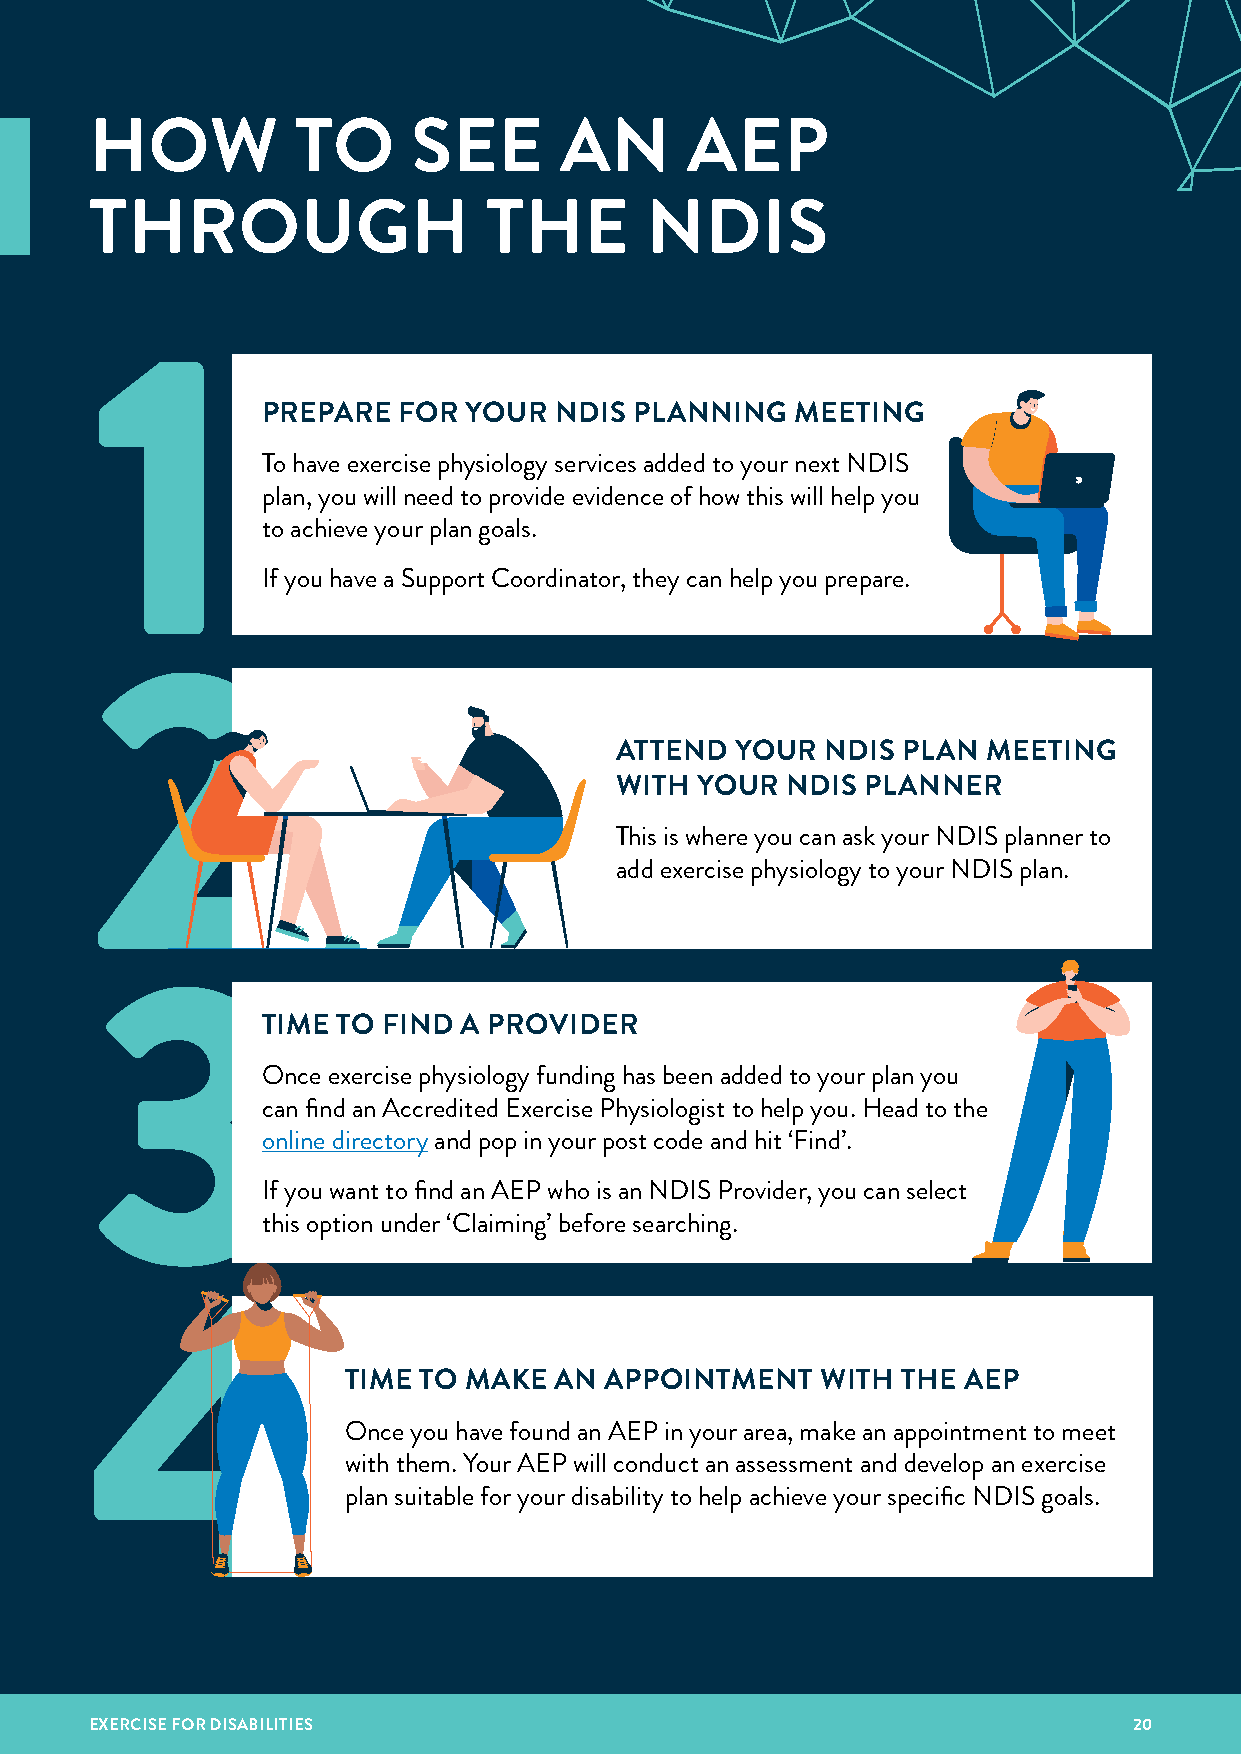
HOW           TO     SEE       AN      AEP
 THROUGH                   THE        NDIS
 1
 PREPARE  FOR  YOUR  NDIS PLANNING   MEETING
 To have exercise physiology services added to your next NDIS
 plan, you will need to provide evidence of how this will help you
 to achieve your plan goals.
 If you have a Support Coordinator, they can help you prepare.
 2
 ATTEND  YOUR  NDIS PLAN MEETING
 WITH YOUR  NDIS PLANNER
 This is where you can ask your NDIS planner to
 add exercise physiology to your NDIS plan.
 3TIME           TO FIND  A PROVIDER
 Once exercise physiology funding has been added to your plan you
 can find an Accredited Exercise Physiologist to help you. Head to the
 online directory and pop in your post code and hit ‘Find’.
 If you want to find an AEP who is an NDIS Provider, you can select
 this option under ‘Claiming’ before searching.
 4
 TIME TO MAKE  AN APPOINTMENT   WITH  THE AEP
 Once you have found an AEP in your area, make an appointment to meet
 with them. Your AEP will conduct an assessment and develop an exercise
 plan suitable for your disability to help achieve your specific NDIS goals.
 EXERCISE FOR DISABILITIES                                            20